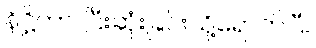
နိဋ္ဌိတာ၊ ပြီးဆုံးခြင်းသို့ရောက်ပြီ။